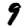
Digit: 9